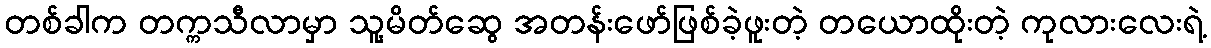
တစ်ခါက တက္ကသီလာမှာ သူ့မိတ်ဆွေ အတန်းဖော်ဖြစ်ခဲ့ဖူးတဲ့ တယောထိုးတဲ့ ကုလားလေးရဲ့